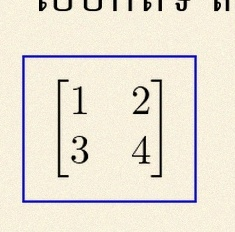
\begin{bmatrix}1&2\\3&4\end{bmatrix}